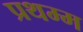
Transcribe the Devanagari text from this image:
प्रथम्म